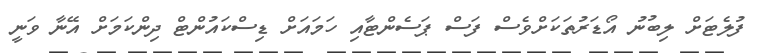
ފުލެޓަށް ލިބުނު އޯޑަރުތަކަށްވެސް ފަސް ޕަސެންޓާއި ހަމައަށް ޑިސްކައުންޓް ދިންކަމަށް އޭނާ ވަނީ